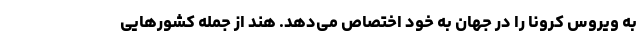
به ویروس کرونا را در جهان به خود اختصاص می‌دهد. هند از جمله کشورهایی